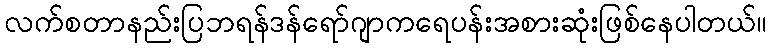
လက်စတာနည်းပြဘရန်ဒန်ရော်ဂျာကရေပန်းအစားဆုံးဖြစ်နေပါတယ်။